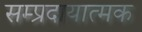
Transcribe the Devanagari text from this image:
सम्प्रदायात्मक